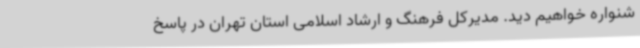
شنواره خواهیم دید. مدیرکل فرهنگ و ارشاد اسلامی استان تهران در پاسخ